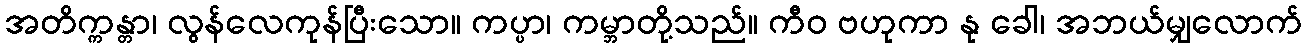
အတိက္ကန္တာ၊ လွန်လေကုန်ပြီးသော။ ကပ္ပာ၊ ကမ္ဘာတို့သည်။ ကီဝ ဗဟုကာ နု ခေါ၊ အဘယ်မျှလောက်